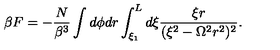
\beta F = - \frac { N } { \beta ^ { 3 } } \int d \phi d r \int _ { \xi _ { 1 } } ^ { L } d \xi \frac { \xi r } { ( \xi ^ { 2 } - \Omega ^ { 2 } r ^ { 2 } ) ^ { 2 } } .